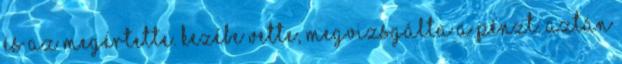
és az megértette. Kezébe vette, megvizsgálta a pénzt. Aztán